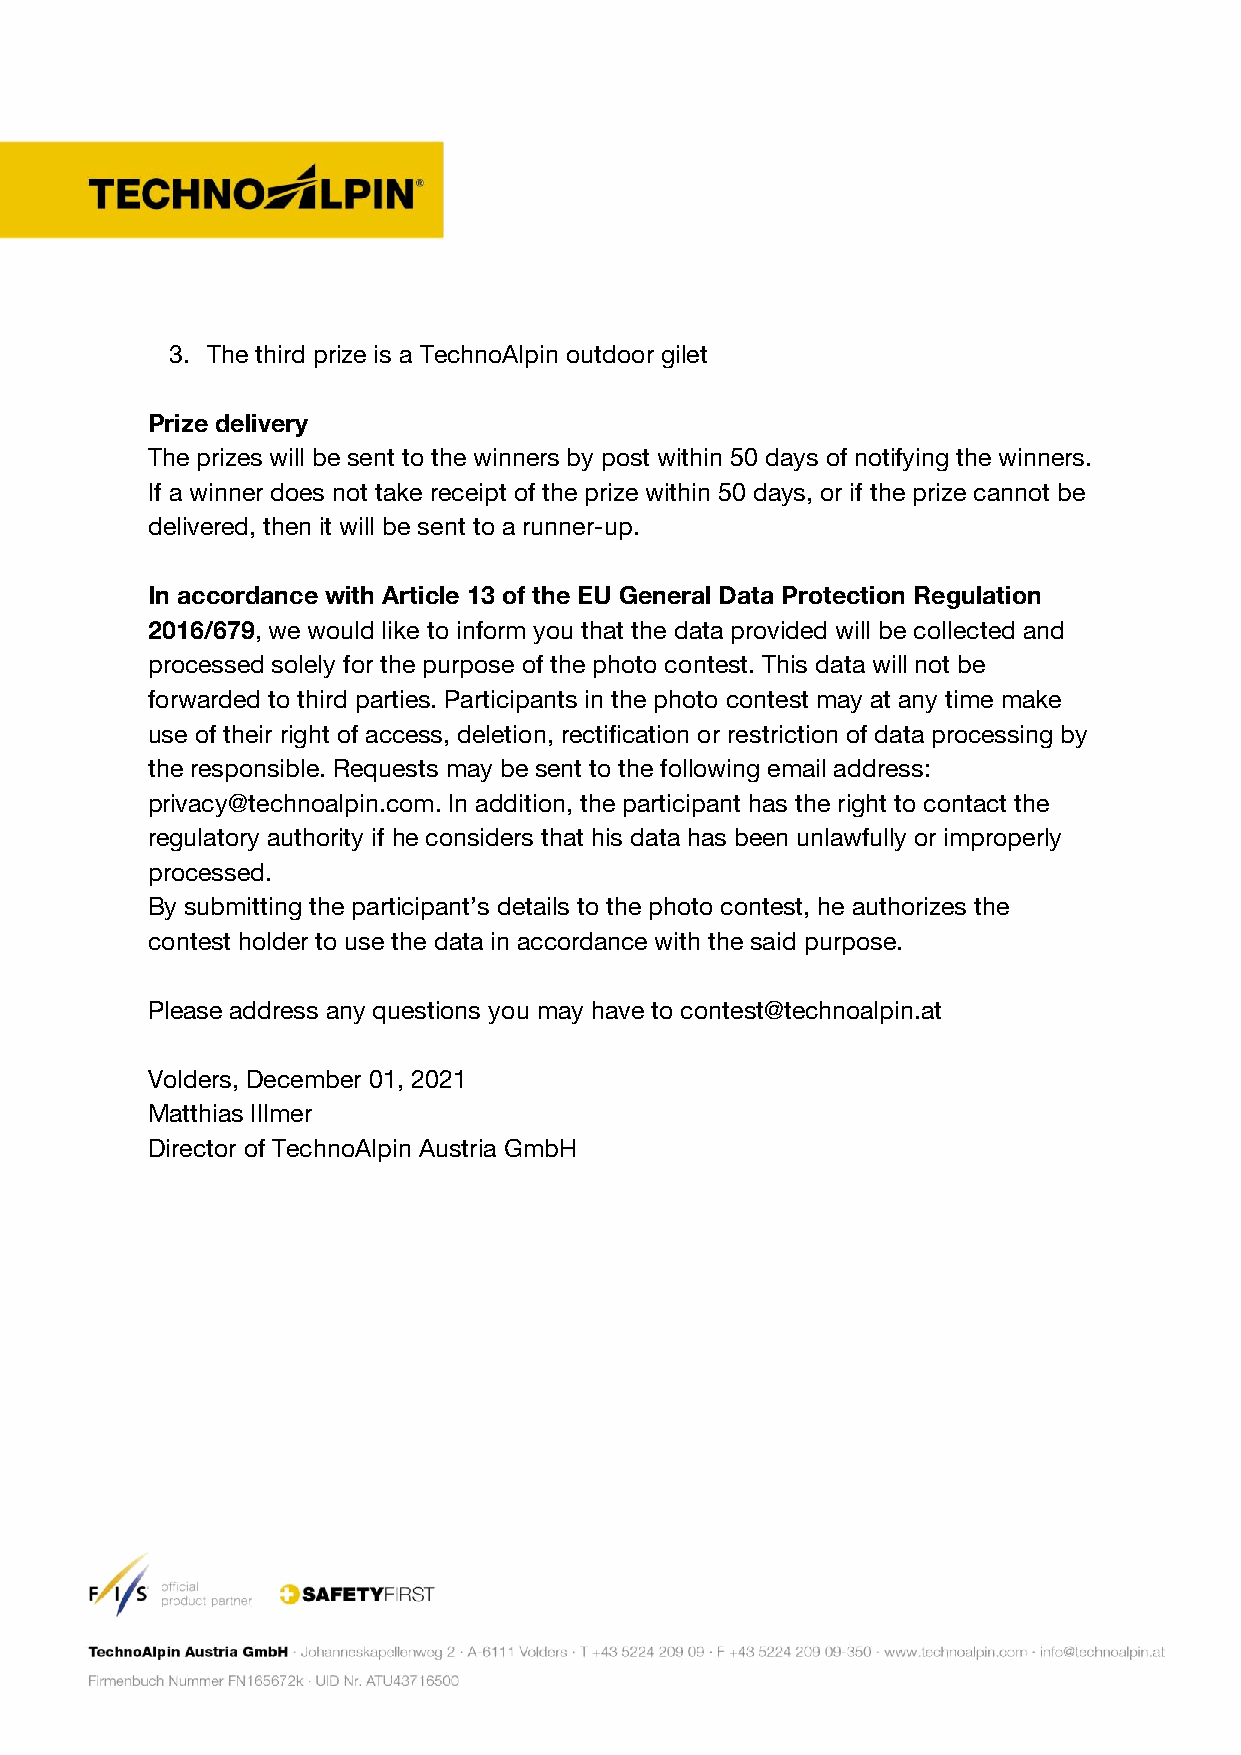
3. The third prize is a TechnoAlpin outdoor gilet
 Prize delivery
 The prizes will be sent to the winners by post within 50 days of notifying the winners.
 If a winner does not take receipt of the prize within 50 days, or if the prize cannot be
 delivered, then it will be sent to a runner-up.
 In accordance with Article 13 of the EU General Data Protection Regulation
 2016/679, we would like to inform you that the data provided will be collected and
 processed solely for the purpose of the photo contest. This data will not be
 forwarded to third parties. Participants in the photo contest may at any time make
 use of their right of access, deletion, rectification or restriction of data processing by
 the responsible. Requests may be sent to the following email address:
 privacy@technoalpin.com. In addition, the participant has the right to contact the
 regulatory authority if he considers that his data has been unlawfully or improperly
 processed.
 By submitting the participant’s details to the photo contest, he authorizes the
 contest holder to use the data in accordance with the said purpose.
 Please address any questions you may have to contest@technoalpin.at
 Volders, December 01, 2021
 Matthias Illmer
 Director of TechnoAlpin Austria GmbH